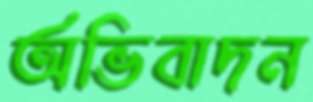
অভিবাদন